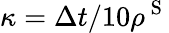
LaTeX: \kappa=\Delta t/10\rho^{\mathrm{~S~}}